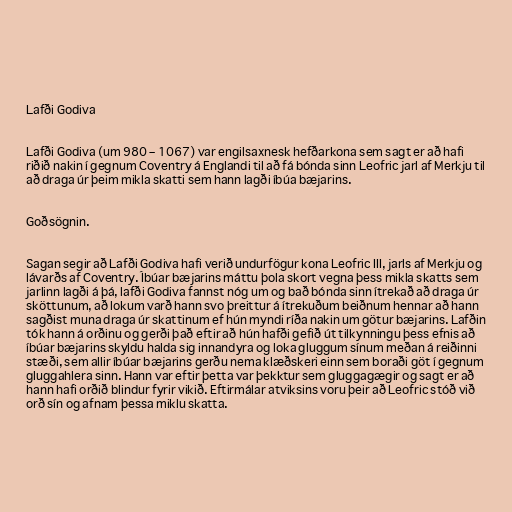
Lafði Godiva

Lafði Godiva (um 980 – 1067) var engilsaxnesk hefðarkona sem sagt er að hafi
riðið nakin í gegnum Coventry á Englandi til að fá bónda sinn Leofric jarl af Merkju til
að draga úr þeim mikla skatti sem hann lagði íbúa bæjarins.

Goðsögnin.

Sagan segir að Lafði Godiva hafi verið undurfögur kona Leofric III, jarls af Merkju og
lávarðs af Coventry. Íbúar bæjarins máttu þola skort vegna þess mikla skatts sem
jarlinn lagði á þá, lafði Godiva fannst nóg um og bað bónda sinn ítrekað að draga úr
sköttunum, að lokum varð hann svo þreittur á ítrekuðum beiðnum hennar að hann
sagðist muna draga úr skattinum ef hún myndi ríða nakin um götur bæjarins. Lafðin
tók hann á orðinu og gerði það eftir að hún hafði gefið út tilkynningu þess efnis að
íbúar bæjarins skyldu halda sig innandyra og loka gluggum sínum meðan á reiðinni
stæði, sem allir íbúar bæjarins gerðu nema klæðskeri einn sem boraði göt í gegnum
gluggahlera sinn. Hann var eftir þetta var þekktur sem gluggagægir og sagt er að
hann hafi orðið blindur fyrir vikið. Eftirmálar atviksins voru þeir að Leofric stóð við
orð sín og afnam þessa miklu skatta.